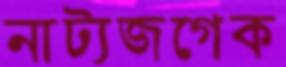
নাট্যজগেক